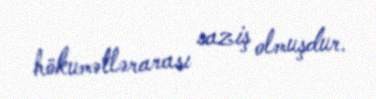
hökumətlərarası saziş olmuşdur.